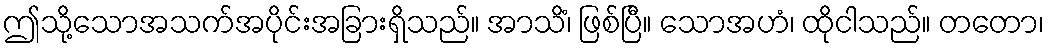
ဤသို့သောအသက်အပိုင်းအခြားရှိသည်။ အာသိံ၊ ဖြစ်ပြီ။ သောအဟံ၊ ထိုငါသည်။ တတော၊